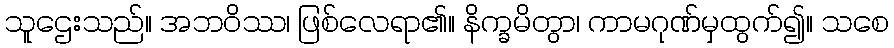
သူဌေးသည်။ အဘဝိဿ၊ ဖြစ်လေရာ၏။ နိက္ခမိတွာ၊ ကာမဂုဏ်မှထွက်၍။ သစေ